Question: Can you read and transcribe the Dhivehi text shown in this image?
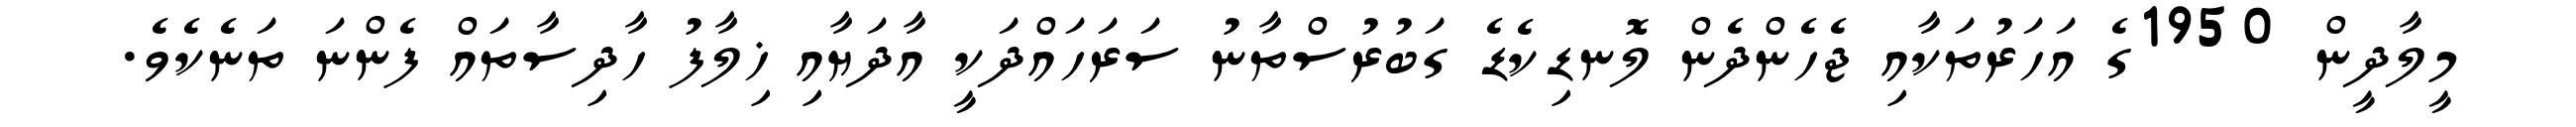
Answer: މީލާދީން 1950ގެ އަހަރުތަކާއި ޖެހެންދެން ލޮނޑިކެޑެ ގަބުރުސްތާނު ސަރަހައްދަކީ އާދަޔާއި ޚިލާފު ހާދިސާތައް ފެންނަ ތަނެކެވެ.